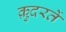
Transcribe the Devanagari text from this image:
क़ुदरतें